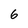
Character: 6